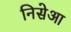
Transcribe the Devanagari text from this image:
निसेआ